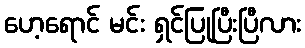
ဟေ့ရောင် မင်း ရှင်ပြုပြီးပြီလား